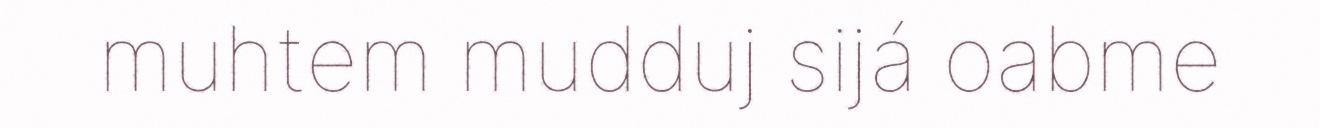
muhtem mudduj sijá oabme